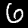
Digit: 6